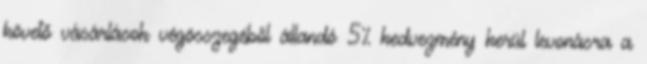
követő vásárlások végösszegéből állandó 5% kedvezmény kerül levonásra a